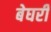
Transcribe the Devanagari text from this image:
बेघरी